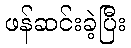
ဖန်ဆင်းခဲ့ပြီး